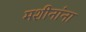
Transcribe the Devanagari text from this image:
मशीनांना